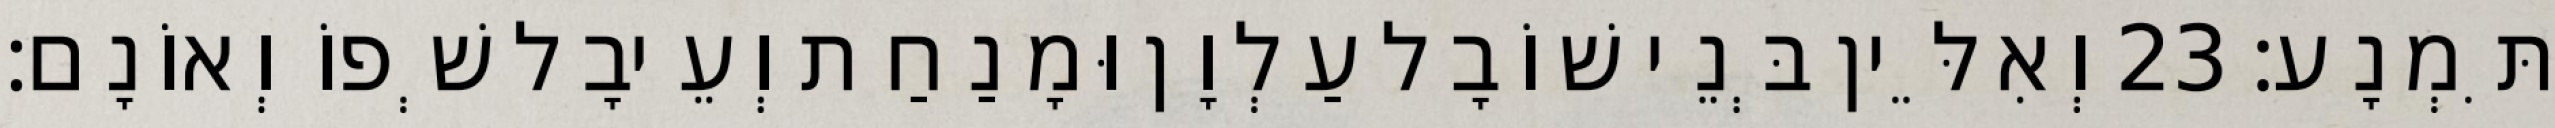
תִּמְנָע׃ 23 וְאִלֵּין בְּנֵי שׁוֹבָל עַלְוָן וּמָנַחַת וְעֵיבָל שְׁפוֹ וְאוֹנָם׃